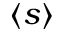
\langle s \rangle